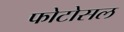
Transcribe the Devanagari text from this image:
फोटोसल